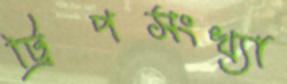
ট্রিপসংখ্যা